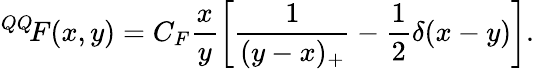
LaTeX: {^{QQ}\! F}(x,y)=C_{F}\frac{x}{y}\left[\frac{1}{(y-x)_{+}}-\frac{1}{2}\delta(x-y)\right].